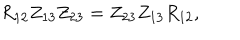
R _ { 1 2 } Z _ { 1 3 } Z _ { 2 3 } = Z _ { 2 3 } Z _ { 1 3 } R _ { 1 2 } , \quad